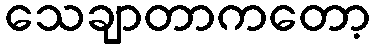
သေချာတာကတော့